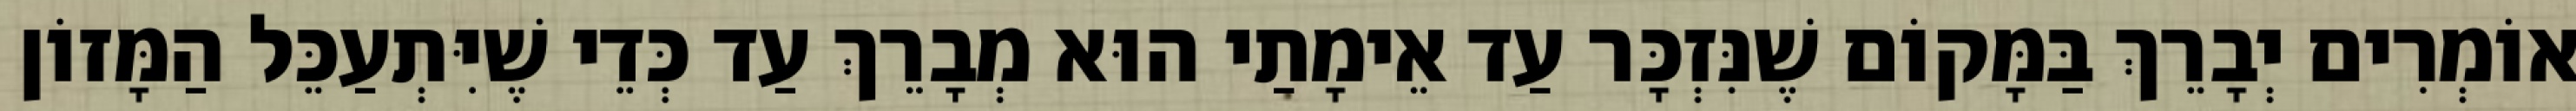
אוֹמְרִים יְבָרֵךְ בַּמָּקוֹם שֶׁנִּזְכָּר עַד אֵימָתַי הוּא מְבָרֵךְ עַד כְּדֵי שֶׁיִּתְעַכֵּל הַמָּזוֹן